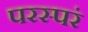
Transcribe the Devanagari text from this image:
परस्परं